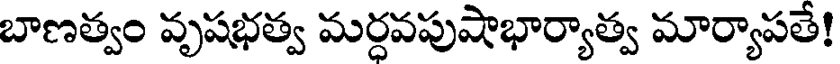
బాణత్వం వృషభత్వ మర్ధవపుషాభార్యాత్వ మార్యాపతే!